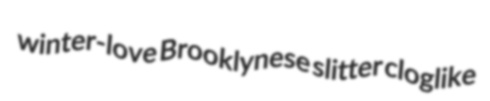
winter-love Brooklynese slitter cloglike